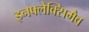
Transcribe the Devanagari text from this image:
इनफ्लेक्सिमैब